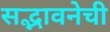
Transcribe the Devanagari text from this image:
सद्भावनेची